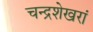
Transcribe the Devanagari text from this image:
चन्द्रशेखरां